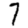
Digit: 7